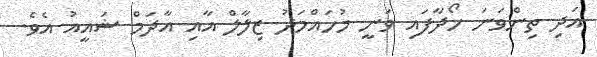
އަދި ތިންވަނަ ހޯދާފައި ވަނީ މުހައްމަދު ޒިލާލް އާއި އާދަމް ޝައީއު އެވެ.